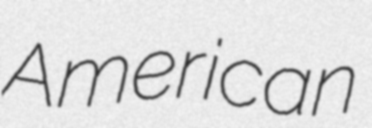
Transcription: American